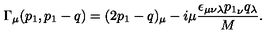
\Gamma _ { \mu } ( p _ { 1 } , p _ { 1 } - q ) = ( 2 p _ { 1 } - q ) _ { \mu } - i \mu { \frac { \epsilon _ { \mu \nu \lambda } { p _ { 1 } } _ { \nu } q _ { \lambda } } { M } } .